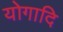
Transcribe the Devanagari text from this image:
योगादि